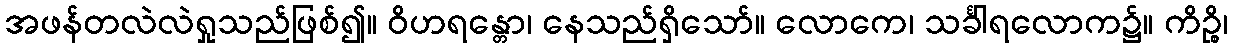
အဖန်တလဲလဲရှုသည်ဖြစ်၍။ ဝိဟရန္တော၊ နေသည်ရှိသော်။ လောကေ၊ သင်္ခါရလောက၌။ ကိဉ္စိ၊